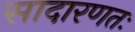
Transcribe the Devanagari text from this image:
सादारणतः